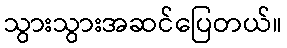
သွားသွားအဆင်ပြေတယ်။